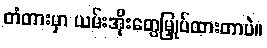
တံတားမှာ ယမ်းအိုးတွေမြှုပ်ထားတာပဲ။